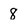
Character: 8